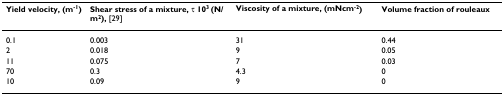
<table><thead><tr><td><b>Yield velocity, (m<sup>-1</sup>)</b></td><td><b>Shear stress of a mixture, τ 10<sup>3 </sup>(N/m<sup>2</sup>), [29]</b></td><td><b>Viscosity of a mixture, (mNcm<sup>-2</sup>)</b></td><td><b>Volume fraction of rouleaux</b></td></tr></thead><tbody><tr><td>0.1</td><td>0.003</td><td>31</td><td>0.44</td></tr><tr><td>2</td><td>0.018</td><td>9</td><td>0.05</td></tr><tr><td>11</td><td>0.075</td><td>7</td><td>0.03</td></tr><tr><td>70</td><td>0.3</td><td>4.3</td><td>0</td></tr><tr><td>10</td><td>0.09</td><td>9</td><td>0</td></tr></tbody></table>